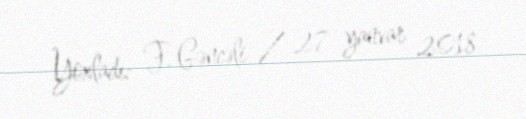
Yoxladı: F. Gəncəli / 27 yanvar 2018